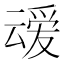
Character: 叆